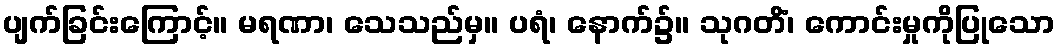
ပျက်ခြင်းကြောင့်။ မရဏာ၊ သေသည်မှ။ ပရံ၊ နောက်၌။ သုဂတိံ၊ ကောင်းမှုကိုပြုသော